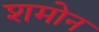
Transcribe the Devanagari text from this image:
शमोन